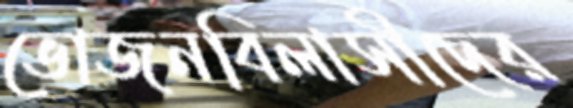
ভোজনবিলাসীদের